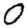
Digit: 0